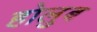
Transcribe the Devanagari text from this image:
होलुब